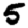
Digit: 5